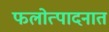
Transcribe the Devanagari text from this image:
फलोत्पादनात